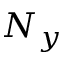
N _ { y }